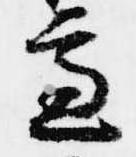
慮